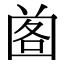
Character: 𡇷